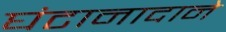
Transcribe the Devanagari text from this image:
घंटानादाने